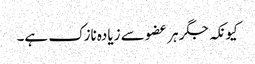
کیونکہ جگر ہر عضو سے زیادہ نازک ہے۔